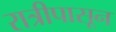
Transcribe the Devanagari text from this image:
रात्रीपासून